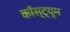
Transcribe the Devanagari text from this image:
कॉस्‍ट्यूम